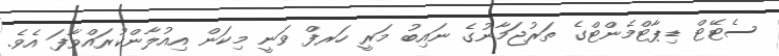
ސެޓޭޓް ޑިޕާޓްމެންޓްގެ ތަރުޖަމާނުގެ ނައިބު މަރީ ހަރފް ވަނީ މިކަން އިއުލާންކުރައްވާފަ އެވެ.